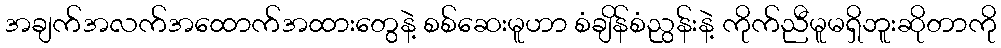
အချက်အလက်အထောက်အထားတွေနဲ့ စစ်ဆေးမူဟာ စံချိန်စံညွန်းနဲ့ ကိုက်ညီမူမရှိဘူးဆိုတာကို